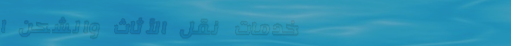
خدمات نقل الأثاث والشحن ا